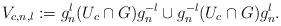
LaTeX: \begin{align*}V_{c,n,l} := g_n^{l}(U_c \cap G)g_n^{-l} \cup g_n^{-l}(U_c \cap G)g_n^{l}.\end{align*}